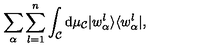
\sum _ { \alpha } \sum _ { l = 1 } ^ { n } \int _ { \cal C } \mathrm { d } \mu _ { \cal C } | w _ { \alpha } ^ { l } \rangle \langle w _ { \alpha } ^ { l } | ,